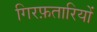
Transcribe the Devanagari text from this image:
गिरफ़तारियों